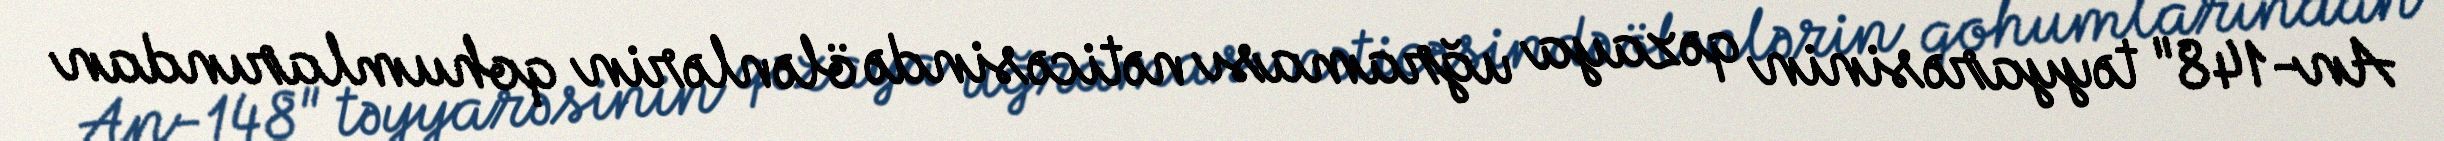
An-148" təyyarəsinin qəzaya uğraması nəticəsində ölənlərin qohumlarından